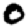
Digit: 0